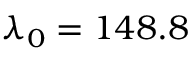
\lambda _ { 0 } = 1 4 8 . 8